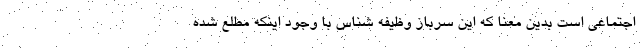
اجتماعی است بدین معنا که این سرباز وظیفه شناس با وجود اینکه مطلع شده